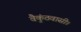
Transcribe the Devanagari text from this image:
वैकुंठवासी।